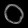
Digit: ၀